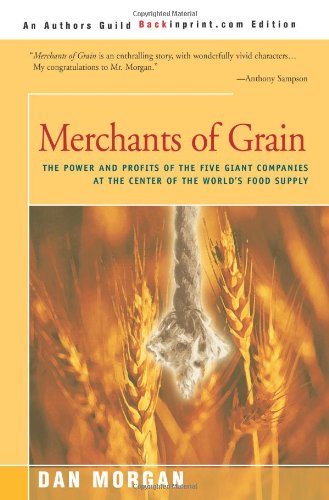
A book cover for Merchants of Grain: The Power and Profits of the Five Giant Companies at the Center of the World's Food Supply; Dan Morgan; Business & Money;